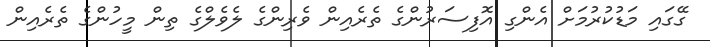
ގޭގައި މަޑުކުރުމަށް އެންގި އޮފިސަރުންގެ ތެރެއިން ވެރިންގެ ލެވެލްގެ ތިން މީހުންގެ ތެރެއިން